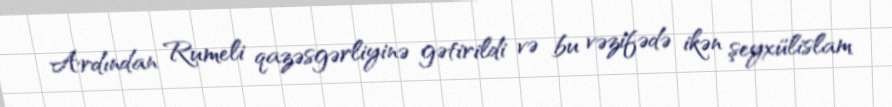
Ardından Rumeli qazəsgərliyinə gətirildi və bu vəzifədə ikən şeyxülislam